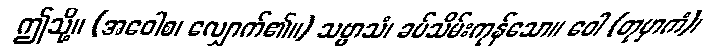
ဤသို့။ (အဝေါစ၊ လျှောက်၏။) သဗ္ဗာသံ၊ ခပ်သိမ်းကုန်သော။ ဝေါ (တုမှာကံ)၊